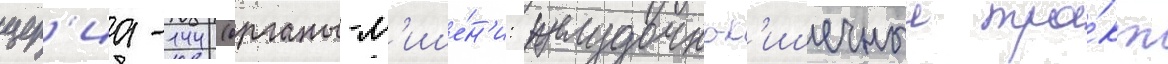
цер'иа-144 (органы-м'ише́н'и: желудочно-к'ишечныи тра́кт